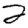
Digit: 2